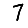
Digit: 7